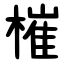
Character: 槯